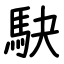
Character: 駃